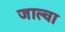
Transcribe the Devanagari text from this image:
जाल्वा